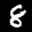
Label: 8